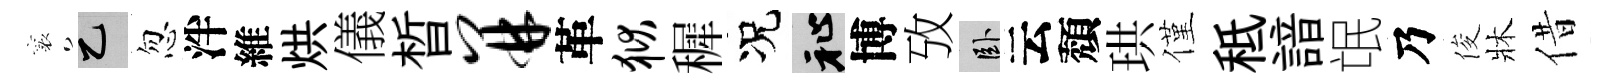
襄乙忽泮維烘儀晳并革狱穉况祉博攷卧云頽珙僅秪諳氓乃俊牀借